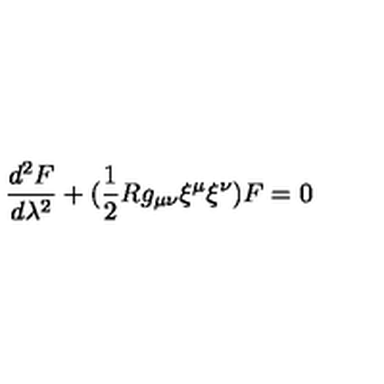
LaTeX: \frac { d ^ { 2 } F } { d \lambda ^ { 2 } } + ( \frac { 1 } { 2 } R g _ { \mu \nu } { \xi } ^ { \mu } { \xi } ^ { \nu } ) F = 0